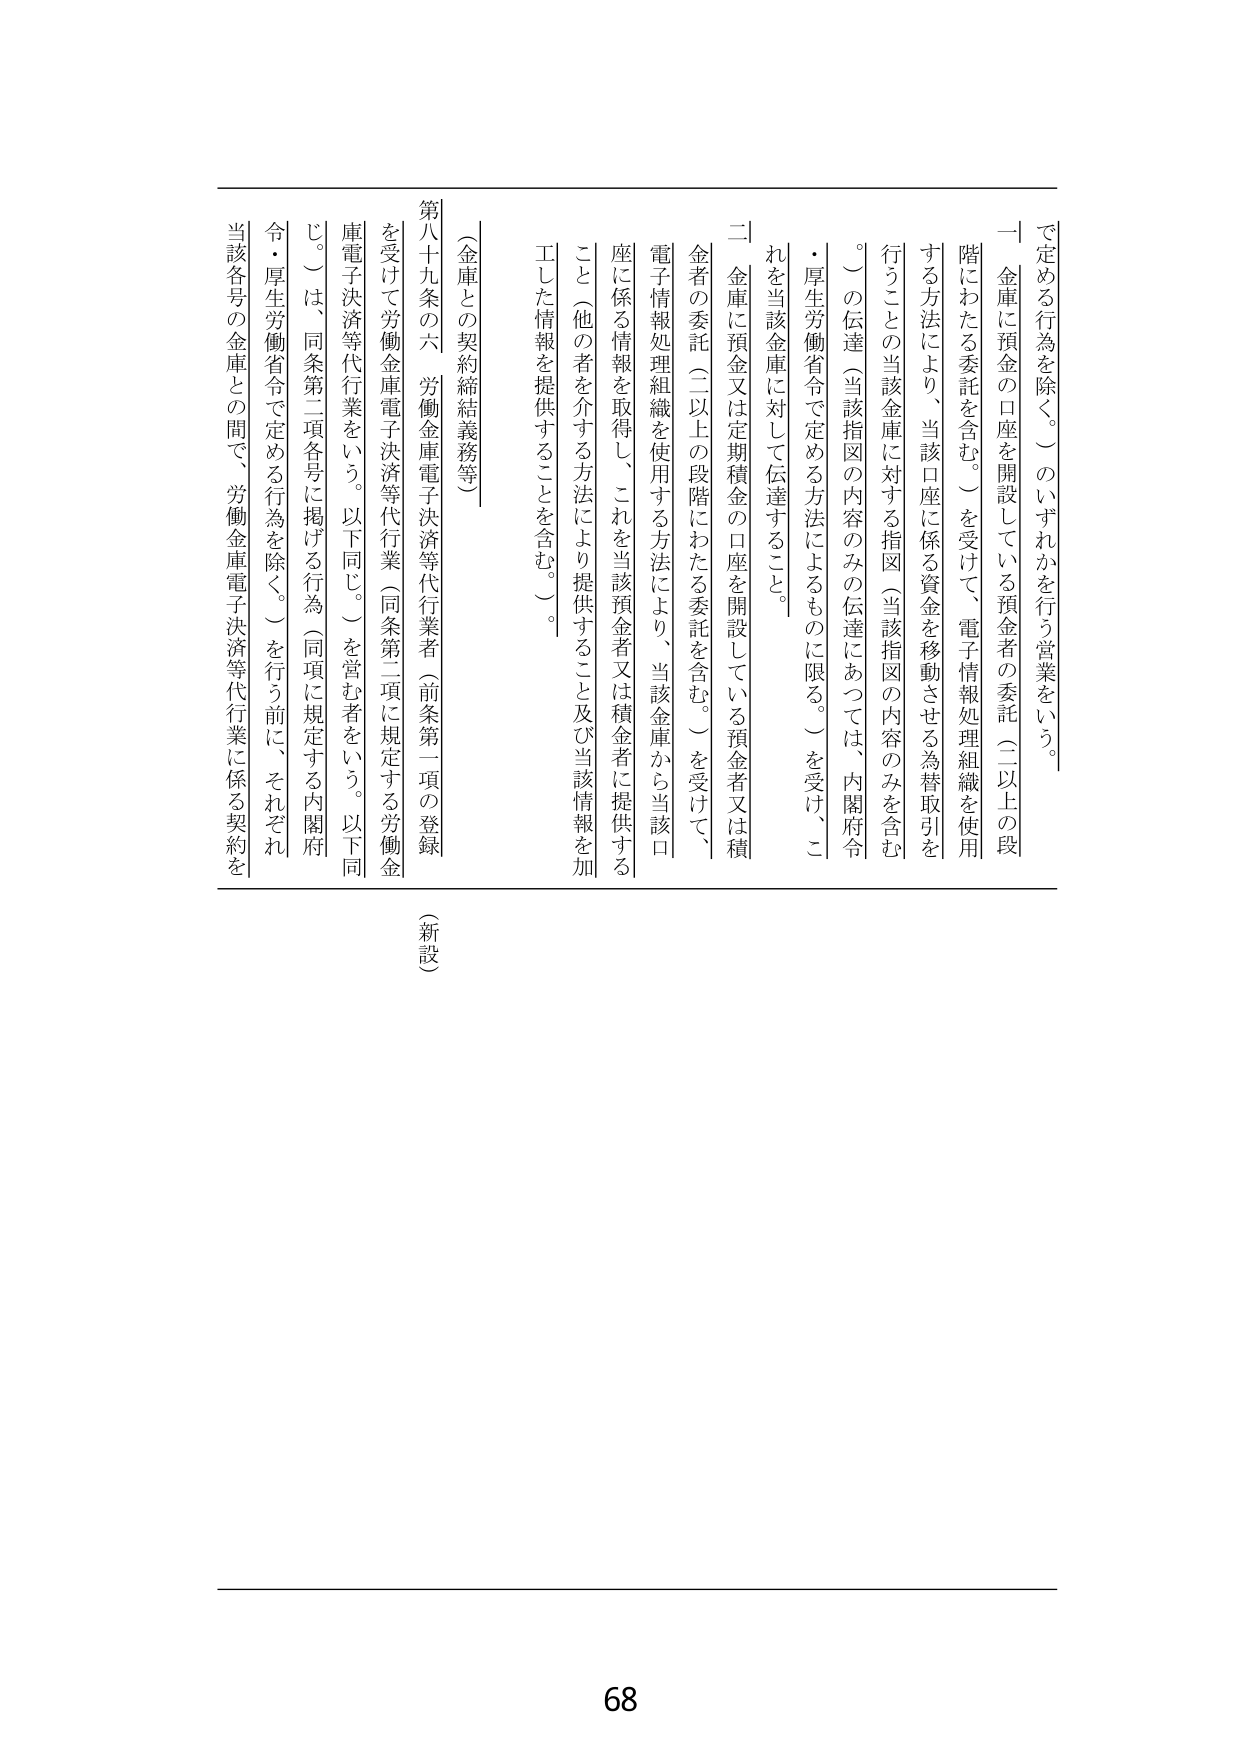
で定める行為を除く。）のいずれかを行う営業をいう。
一 金庫に預金の口座を開設している預金者の委託（二以上の段
階にわたる委託を含む。）を受けて、電子情報処理組織を使用
する方法により、当該口座に係る資金を移動させる為替取引を
行うこととの当該金庫に対する指図（当該指図の内容のみを含む
。）の伝達（当該指図の内容のみの伝達にあつては、内閣府令
・厚生労働省令で定める方法によるものに限る。）を受け、こ
れを当該金庫に対して伝達すること。
二 金庫に預金又は定期積金の口座を開設している預金者又は積
金者の委託（二以上の段階にわたる委託を含む。）を受けて、
電子情報処理組織を使用する方法により、当該金庫から当該口
座に係る情報を取得し、これを当該預金者又は積金者に提供する
こと（他の者を介する方法により提供すること及び当該情報を加
工した情報を提供することを含む。）。
（金庫との契約締結義務等）
第八十九条の六 労働金庫電子決済等代行業者（前条第一項の登録
を受けた労働金庫電子決済等代行業（同条第二項に規定する労働金
庫電子決済等代行業をいう。以下同じ。）を営む者をいう。以下同
じ。）は、同条第二項各号に掲げる行為（同項に規定する内閣府
令・厚生労働省令で定める行為を除く。）を行う前に、それぞれ
当該各号の金庫との間で、労働金庫電子決済等代行業に係る契約を
（新設）
68